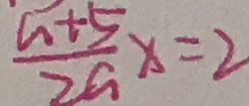
\frac { a + 5 } { 2 a } x = 2